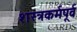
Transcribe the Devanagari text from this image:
शस्त्रकर्मपूर्व